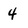
Character: 4